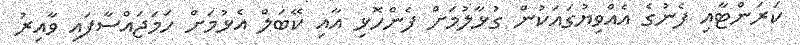
ކަރަންޓާއި ފެނުގެ އެއްވިޔުގައަކުން ގުޅާލުމަށް ފެންހޮޅި އާއި ކޭބަލް އެޅުމަށް ހަމަޖައްސާފައި ވާއިރު